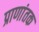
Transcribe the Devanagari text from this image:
प्राणांतक